Cholera in India, 1862 to 1881
Year: 1862
Disease focus: Cholera
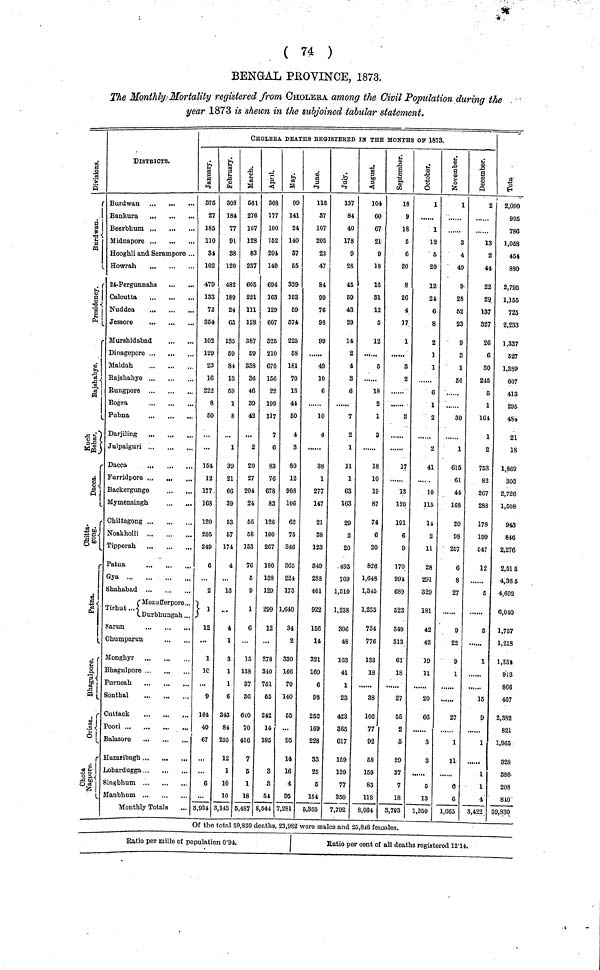
( 74 )
BENGAL PROVINCE, 1873.
The Monthly Mortality registered from CHOLERA among the Civil Population during the
year 1873 is shewn in the subjoined tabular statement.
Division
Burdwan
Presidency
Rajshahye
Kuch behar
Dacca
Chitta gong
Patna
Bhagulpore
Orrissa
Chota nagpore
DISTRICTS.
Burdwan
Bankura
Beerbhum ...
Midnapore
Hooghli and Serampore ...
Howrah
24-Pergunnahs
Calcutta
Nuddea
Jessore
Murshidabad
Dinagepore
Maldah
Rajshahye
Rungpore
Bogra
...
Pubna
Darjiling
Julpaiguri
Dacca
Furridpore
.
Backergunge
Mymensingh
Chittagong ,
Noakholli
Tipperah
...
Patna
Gya
Shahabad
Mozufferpore...
Tirhut... Durbhungah ...
Sarun
Chumparun
Mongbyr
Bhagulpore
Sonthal
Cuttack
Poori
Balasore
Hazaribagh
Lohardugga
Singbhum
Monthly Totals
CHOLERA DEATHS REGISTERED IN THE MONTHS OP 1873.
January
875
27
185
110
34
102
479
133
72
354
102
129
23
16
222
8
50
154
12
177
168
120
205
349
6
2
1
12
...
1
10
9
164
40
67
6
3,924
February
808
184
77
91
38
120
482
189
24
63
135
59
84
13
69
1
8
1
39
21
66
39
53
57
174
4
13
...
4
1
3
1
1
6
343
84
255
12
1
10
10
3,143
March
561
276
167
128
83
237
605
221
111
128
387
59
338
36
46
39
42
2
20
27
204
24
55
58
153
76
5
9
1
6
15
138
37
36
640
70
416
7
5
1
18
5,487
April
368
177
100
362
201
140
604
163
129
607
325
210
670
156
22
199
117
7
6
83
76
678
83
126
100
267
180
138
129
299
12
...
278
340
751
65
242
14
185
3
3
54
8,644
May
99
141
24
140
37
55
339
163
69
674
225
58
181
70
13
44
50
4
3
80
12
908
106
62
75
346
365
224
173
1,640
34
2
330
166
70
140
55
...
95
14
16
4
95
7,281
June
116
37
107
205
23
47
84
99
76
98
99
49
10
6
10
4
38
1
277
147
21
38
123
849
283
461
922
156
14
321
169
6
98
252
169
228
83
25
5
154
5,365
July
137
84
40
178
9
28
45
59
43
29
14
2
4
3
6
7
2
1
11
1
63
163
29
2
20
493
769
1,510
1,238
396
48
163
41
1
23
423
365
617
159
139
77
350
7,792
August
104
60
67
21
9
18
16
31
12
5
12
5
18
2
1
3
18
10
19
87
74
6
20
826
1,648
1,345
1,235
734
776
133
18
38
106
77
92
68
159
83
118
8,064
September
18
9
18
5
6
20
8
26
4
37
1
3
2
3
17
13
120
191
6
9
170
994
689
523
349
313
61
18
27
65
2
5
29
37
7
18
3,793
October
1
1
12
5
20
12
24
6
8
2
1
1
6
1
2
2
41
10
115
14
2
11
28
291
329
181
42
42
19
11
20
66
3
3
5
13
1,350
November
1
3
4
49
9
28
52
23
9
3
1
56
30
1
615
61
44
168
20
98
257
6
8
27
9
22
9
1
27
1
11
6
6
1,665
December
2
13
2
44
22
29
137
327
26
6
30
245
5
1
164
1
2
753
82
267
288
178
199
647
12
5
3
1
16
9
1
1
1
4
8,422
Total
2,090
995
786
1,058
464
830
2,795
1,155
725
2,233
1,337
627
1,889
607
413
295
484
21
18
1,869
303
2,726
1,508
943
846
2,276
2,515
4,365
4,692
6,040
1,757
1,218
1,334
913
866
467
2,332
821
1,965
328
386
208
810
59,830
Of the total 59,830 deaths, 23,982 were males and 23,818 females.
Ratio per mille of population 0·94.
Ratio per cent of all deaths registered 12-14.